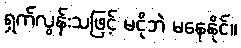
ရှက်လွန်းသဖြင့် မငိုဘဲ မနေနိုင်။